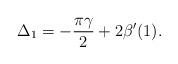
LaTeX: \begin{align*}\Delta_1 = -\frac{\pi\gamma}{2} + 2\beta^{\prime}(1).\end{align*}